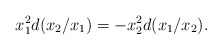
\begin{align*}x_1^2 d(x_2/x_1)=-x_2^2 d(x_1/x_2).\end{align*}